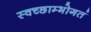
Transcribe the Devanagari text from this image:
स्वच्छाम्भोगतं